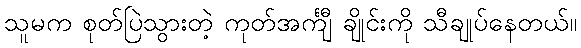
သူမက စုတ်ပြဲသွားတဲ့ ကုတ်အင်္ကျီ ချိုင်းကို သီချုပ်နေတယ်။